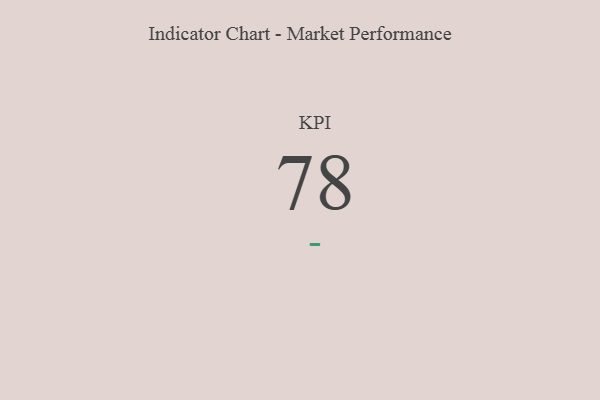
{"axis": {"x": "KPI", "y": "Value"}, "legend": [""], "data": [{"x": "KPI", "y": 78, "type": ""}]}